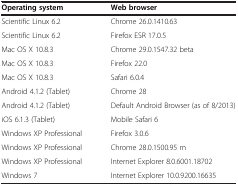
<table><thead><tr><td><b>Operating system</b></td><td><b>Web browser</b></td></tr></thead><tbody><tr><td>Scientific Linux 6.2</td><td>Chrome 26.0.1410.63</td></tr><tr><td>Scientific Linux 6.2</td><td>Firefox ESR 17.0.5</td></tr><tr><td>Mac OS X 10.8.3</td><td>Chrome 29.0.1547.32 beta</td></tr><tr><td>Mac OS X 10.8.3</td><td>Firefox 22.0</td></tr><tr><td>Mac OS X 10.8.3</td><td>Safari 6.0.4</td></tr><tr><td>Android 4.1.2 (Tablet)</td><td>Chrome 28</td></tr><tr><td>Android 4.1.2 (Tablet)</td><td>Default Android Browser (as of 8/2013)</td></tr><tr><td>iOS 6.1.3 (Tablet)</td><td>Mobile Safari 6</td></tr><tr><td>Windows XP Professional</td><td>Firefox 3.0.6</td></tr><tr><td>Windows XP Professional</td><td>Chrome 28.0.1500.95 m</td></tr><tr><td>Windows XP Professional</td><td>Internet Explorer 8.0.6001.18702</td></tr><tr><td>Windows 7</td><td>Internet Explorer 10.0.9200.16635</td></tr></tbody></table>